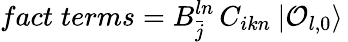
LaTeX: fact\; terms=B_{\bar{j}}^{ln}\, C_{ikn}\: |{\cal O}_{l,0}\rangle\,